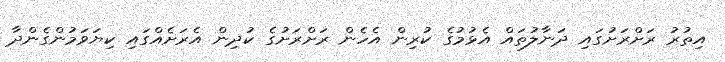
އިތުރު ރަށްރަށުގައި ދަނާލުތައް އެޅުމުގެ ކުރިން އެހެން ރަށްރަށުގެ ކުދިން އެރަށެއްގައި ކިޔަވަމުންގެންދާ